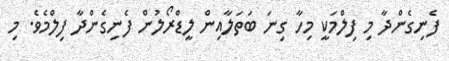
ފެނިގެންދާ މި ފިލްމަކީ މިހާ ގިނަ ބަތަލާއިން ލީޑްރޯލުން ފެނިގެންދާ ފިލްމެވެ. މި